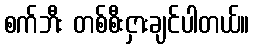
စက်ဘီး တစ်စီးငှားချင်ပါတယ်။